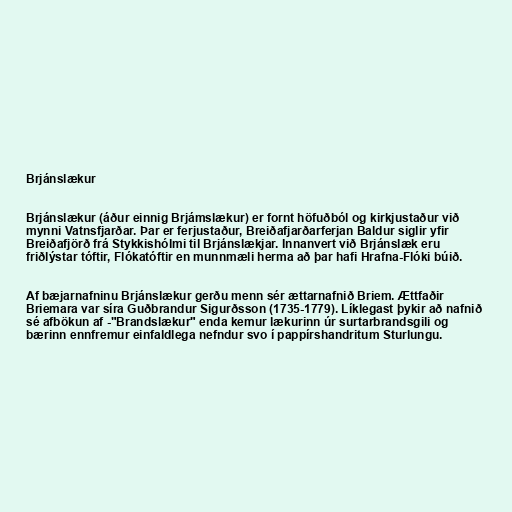
Brjánslækur

Brjánslækur (áður einnig Brjámslækur) er fornt höfuðból og kirkjustaður við
mynni Vatnsfjarðar. Þar er ferjustaður, Breiðafjarðarferjan Baldur siglir yfir
Breiðafjörð frá Stykkishólmi til Brjánslækjar. Innanvert við Brjánslæk eru
friðlýstar tóftir, Flókatóftir en munnmæli herma að þar hafi Hrafna-Flóki búið.

Af bæjarnafninu Brjánslækur gerðu menn sér ættarnafnið Briem. Ættfaðir
Briemara var síra Guðbrandur Sigurðsson (1735-1779). Líklegast þykir að nafnið
sé afbökun af -"Brandslækur" enda kemur lækurinn úr surtarbrandsgili og
bærinn ennfremur einfaldlega nefndur svo í pappírshandritum Sturlungu.